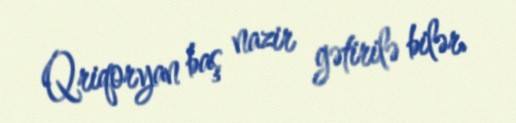
Qriqoryan baş nazir gətirilə bilər.